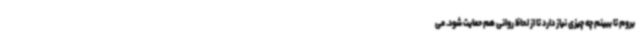
بروم تا ببینم چه چیزی نیاز دارد تا از لحاظ روانی هم حمایت شود. می